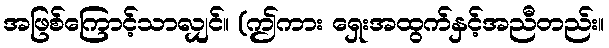
အဖြစ်ကြောင့်သာလျှင်။ (ဤကား ရှေးအထွက်နှင့်အညီတည်း။